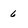
Character: 6